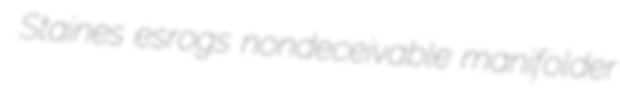
Staines esrogs nondeceivable manifolder